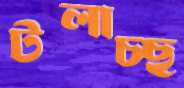
টলাচ্ছ